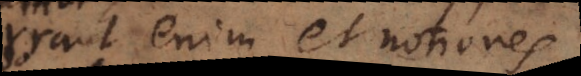
Errant enim et notiones